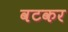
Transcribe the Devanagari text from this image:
वटकर